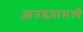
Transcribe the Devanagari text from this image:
आतड्य्यामध्ये